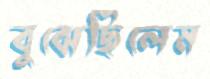
বুঝেছিলেম